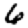
Digit: 6